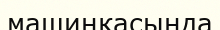
машинкасында